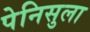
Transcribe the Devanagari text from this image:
पेनिसुला